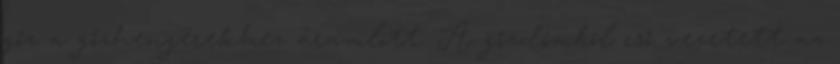
gőz a gőzhengerekhez áramlott. A gőzdómból cső vezetett az